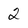
Character: 2